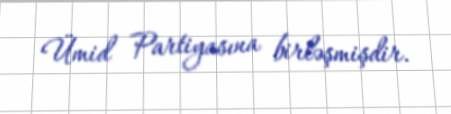
Ümid Partiyasına birləşmişdir.